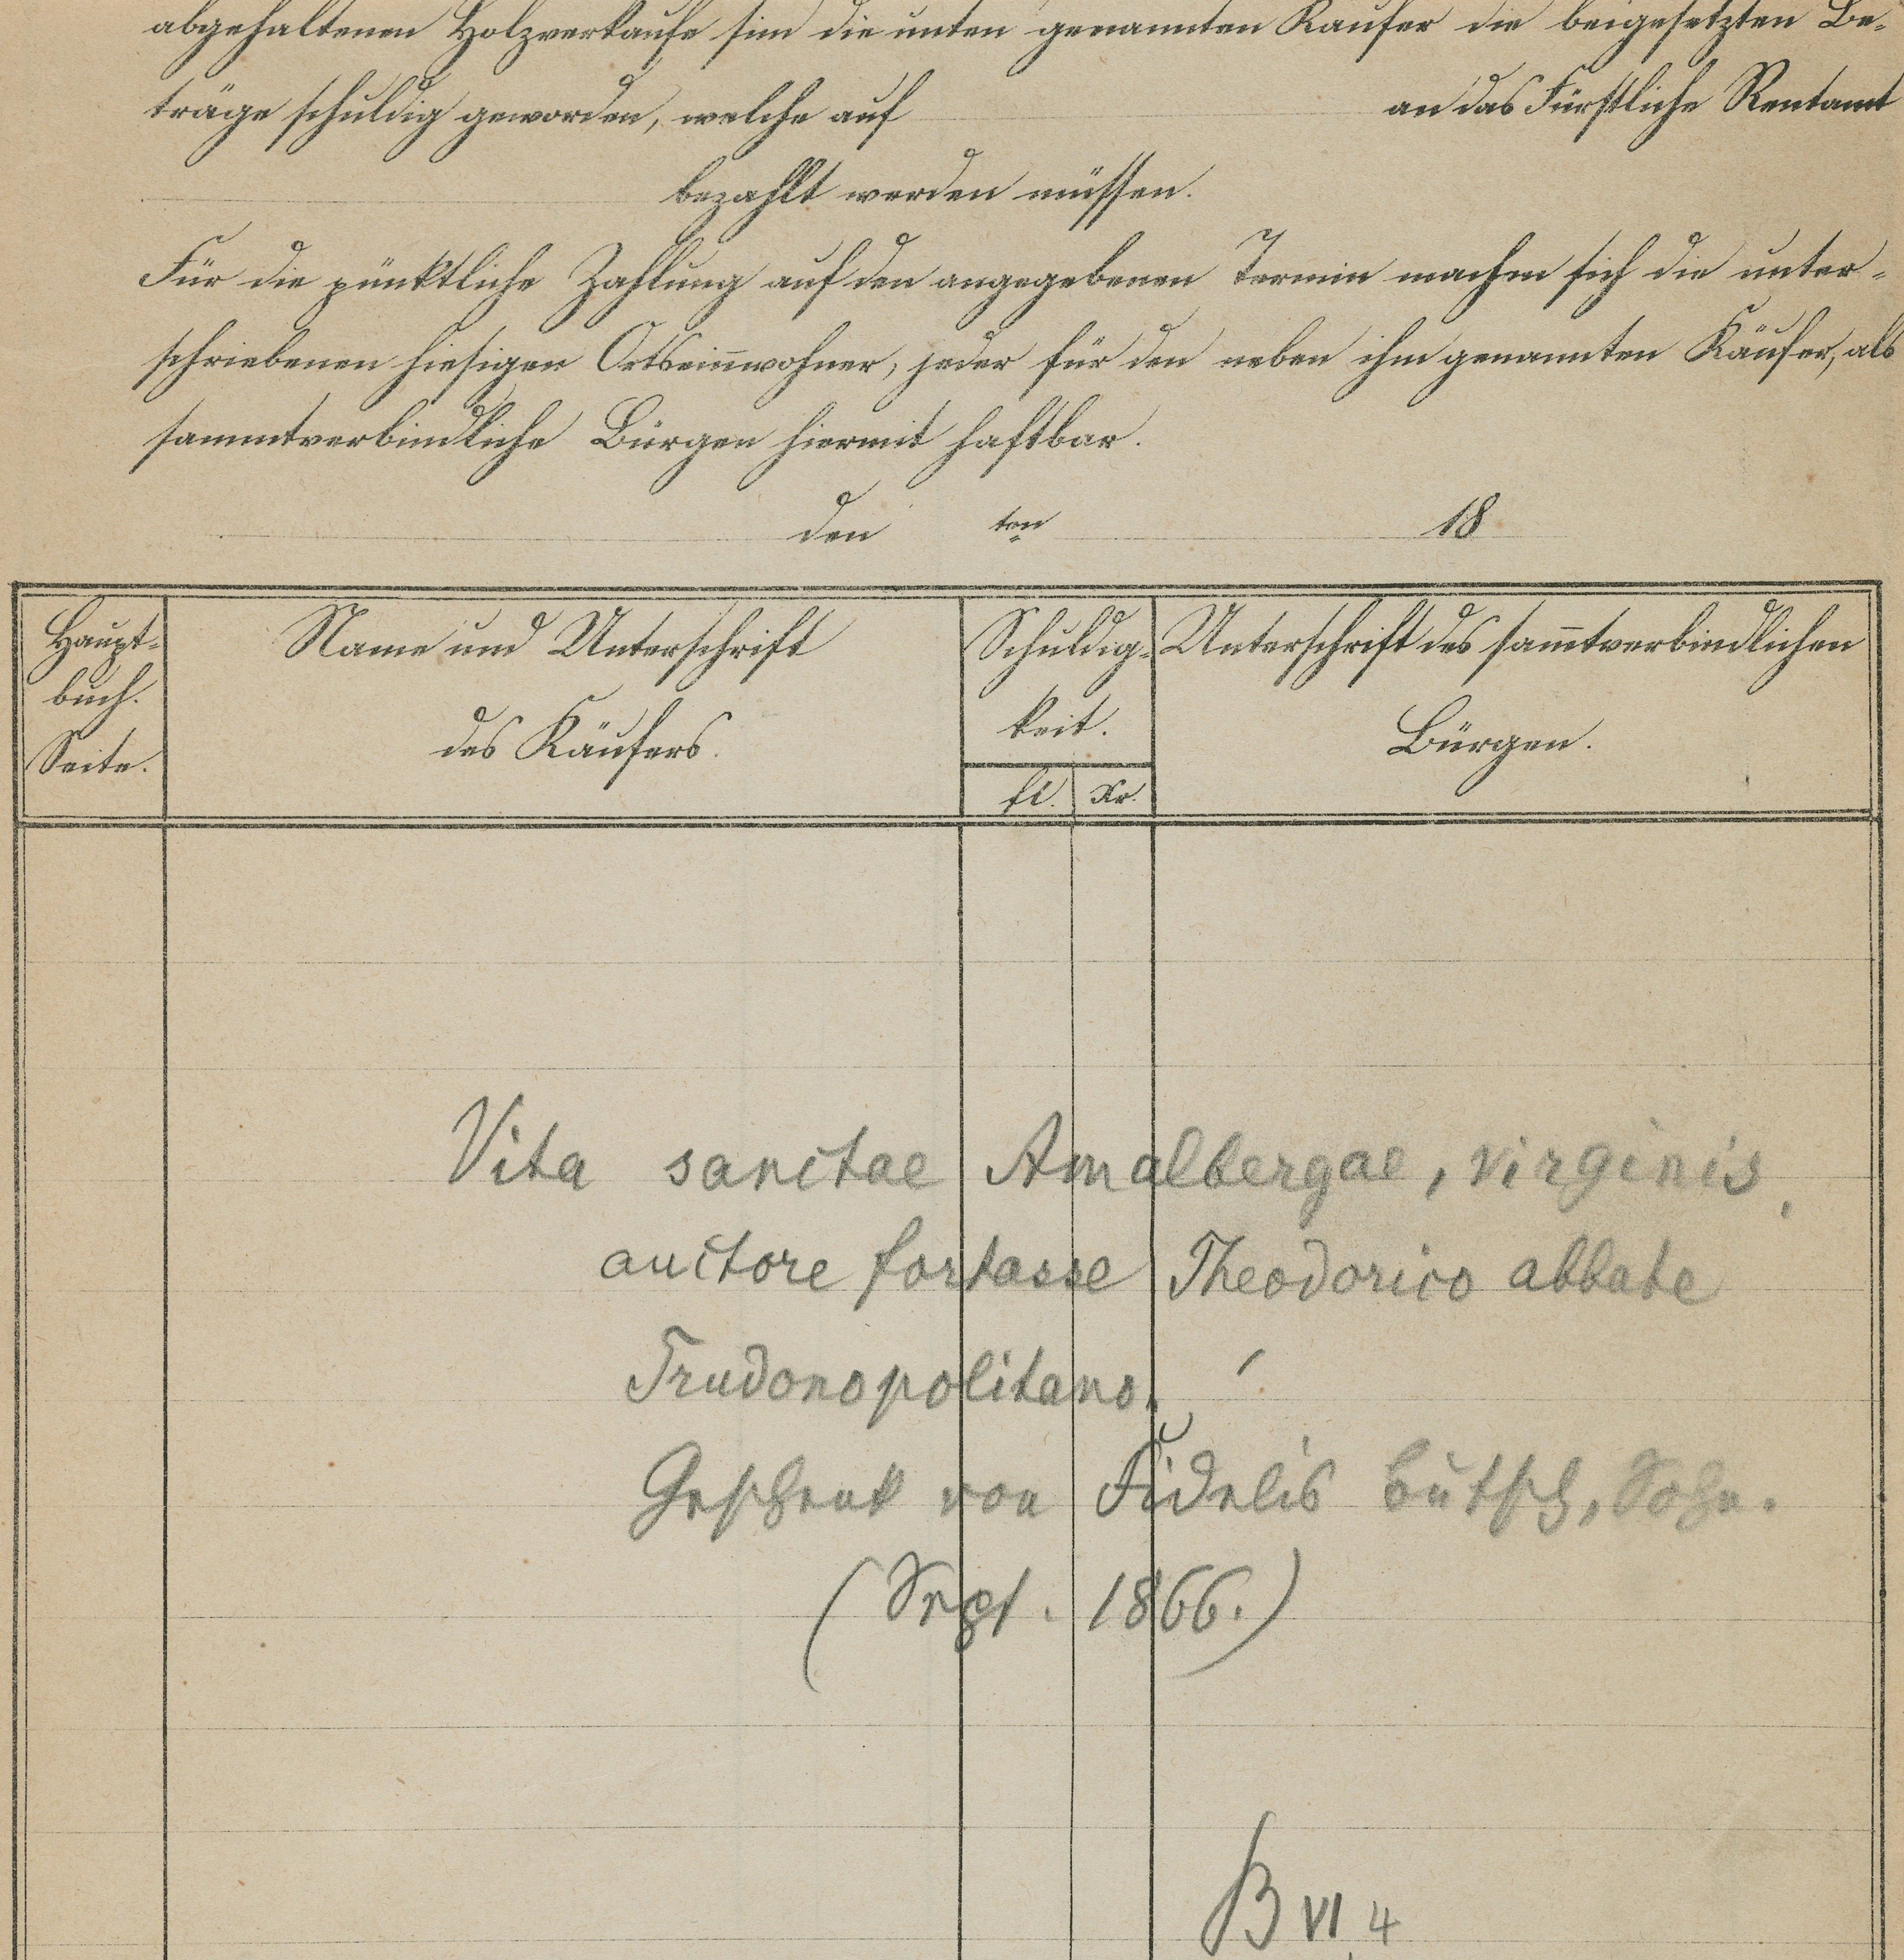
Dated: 1140–1170